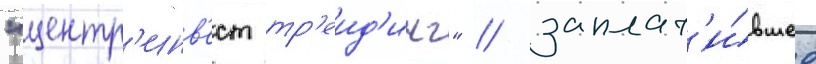
"центр'инв'ест тр'еид'инг" / заплат'и́вшее